Civil Veterinary Department. Madras. Admin. report 1926-33 - 1926-1933
Year: 1926
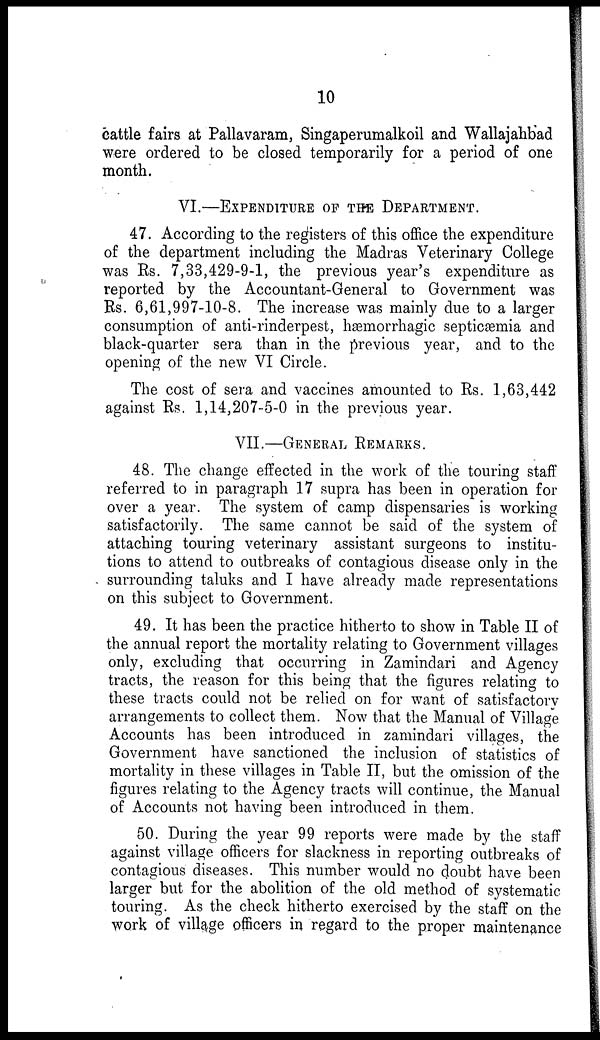
10
cattle fairs at Pallavaram, Singaperumalkoil and Wallajahbad
were ordered to be closed temporarily for a period of one
month.
VI.—EXPENDITURE OF THE DEPARTMENT.
47. According to the registers of this office the expenditure
of the department including the Madras Veterinary College
was Rs. 7,33,429-9-1, the previous year's expenditure as
reported by the Accountant-General to Government was
Rs. 6,61,997-10-8. The increase was mainly due to a larger
consumption of anti-rinderpest, hæmorrhagic septicæmia and
black-quarter sera than in the previous year, and to the
opening of the new VI Circle.
The cost of sera and vaccines amounted to Rs. 1,63,442
against Rs. 1,14,207-5-0 in the previous year.
VII.—GENERAL REMARKS.
48. The change effected in the work of the touring staff
referred to in paragraph 17 supra has been in operation for
over a year. The system of camp dispensaries is working
satisfactorily. The same cannot be said of the system of
attaching touring veterinary assistant surgeons to institu-
tions to attend to outbreaks of contagious disease only in the
surrounding taluks and I have already made representations
on this subject to Government.
49. It has been the practice hitherto to show in Table II of
the annual report the mortality relating to Government villages
only, excluding that occurring in Zamindari and Agency
tracts, the reason for this being that the figures relating to
these tracts could not be relied on for want of satisfactory
arrangements to collect them. Now that the Manual of Village
Accounts has been introduced in zamindari villages, the
Government have sanctioned the inclusion of statistics of
mortality in these villages in Table II, but the omission of the
figures relating to the Agency tracts will continue, the Manual
of Accounts not having been introduced in them.
50. During the year 99 reports were made by the staff
against village officers for slackness in reporting outbreaks of
contagious diseases. This number would no doubt have been
larger but for the abolition of the old method of systematic
touring. As the check hitherto exercised by the staff on the
work of village officers in regard to the proper maintenance